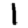
Digit: 1